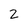
Character: 2